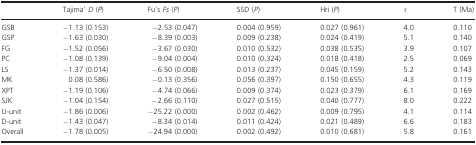
|  | Tajima' D (P) | Fu's Fs (P) | SSD (P) | Hri (P) | τ | T (Ma) |
 | --- | --- | --- | --- | --- | --- | --- |
 | GSB | −1.13 (0.153) | −2.53 (0.047) | 0.004 (0.959) | 0.027 (0.961) | 4.0 | 0.110 |
 | GSP | −1.63 (0.030) | −8.39 (0.003) | 0.009 (0.238) | 0.024 (0.419) | 5.1 | 0.140 |
 | FG | −1.52 (0.056) | −3.67 (0.030) | 0.010 (0.532) | 0.038 (0.535) | 3.9 | 0.107 |
 | PC | −1.08 (0.139) | −9.04 (0.004) | 0.010 (0.324) | 0.018 (0.418) | 2.5 | 0.069 |
 | LS | −1.37 (0.014) | −6.50 (0.008) | 0.013 (0.237) | 0.045 (0.159) | 5.2 | 0.143 |
 | MK | 0.08 (0.586) | −0.13 (0.356) | 0.056 (0.397) | 0.150 (0.655) | 4.3 | 0.119 |
 | XPT | −1.19 (0.106) | −4.74 (0.066) | 0.009 (0.374) | 0.023 (0.379) | 6.1 | 0.169 |
 | SJK | −1.04 (0.154) | −2.66 (0.110) | 0.027 (0.515) | 0.040 (0.777) | 8.0 | 0.222 |
 | U-unit | −1.86 (0.006) | −25.22 (0.000) | 0.002 (0.462) | 0.009 (0.795) | 4.1 | 0.114 |
 | D-unit | −1.43 (0.047) | −8.34 (0.014) | 0.011 (0.424) | 0.021 (0.489) | 6.6 | 0.183 |
 | Overall | −1.78 (0.005) | −24.94 (0.000) | 0.002 (0.492) | 0.010 (0.681) | 5.8 | 0.161 |